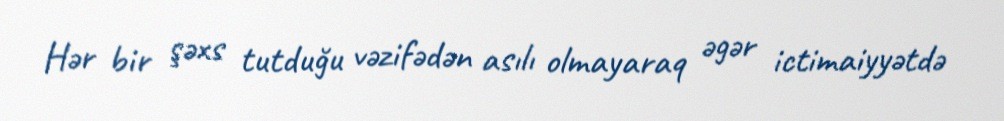
Hər bir şəxs tutduğu vəzifədən asılı olmayaraq əgər ictimaiyyətdə